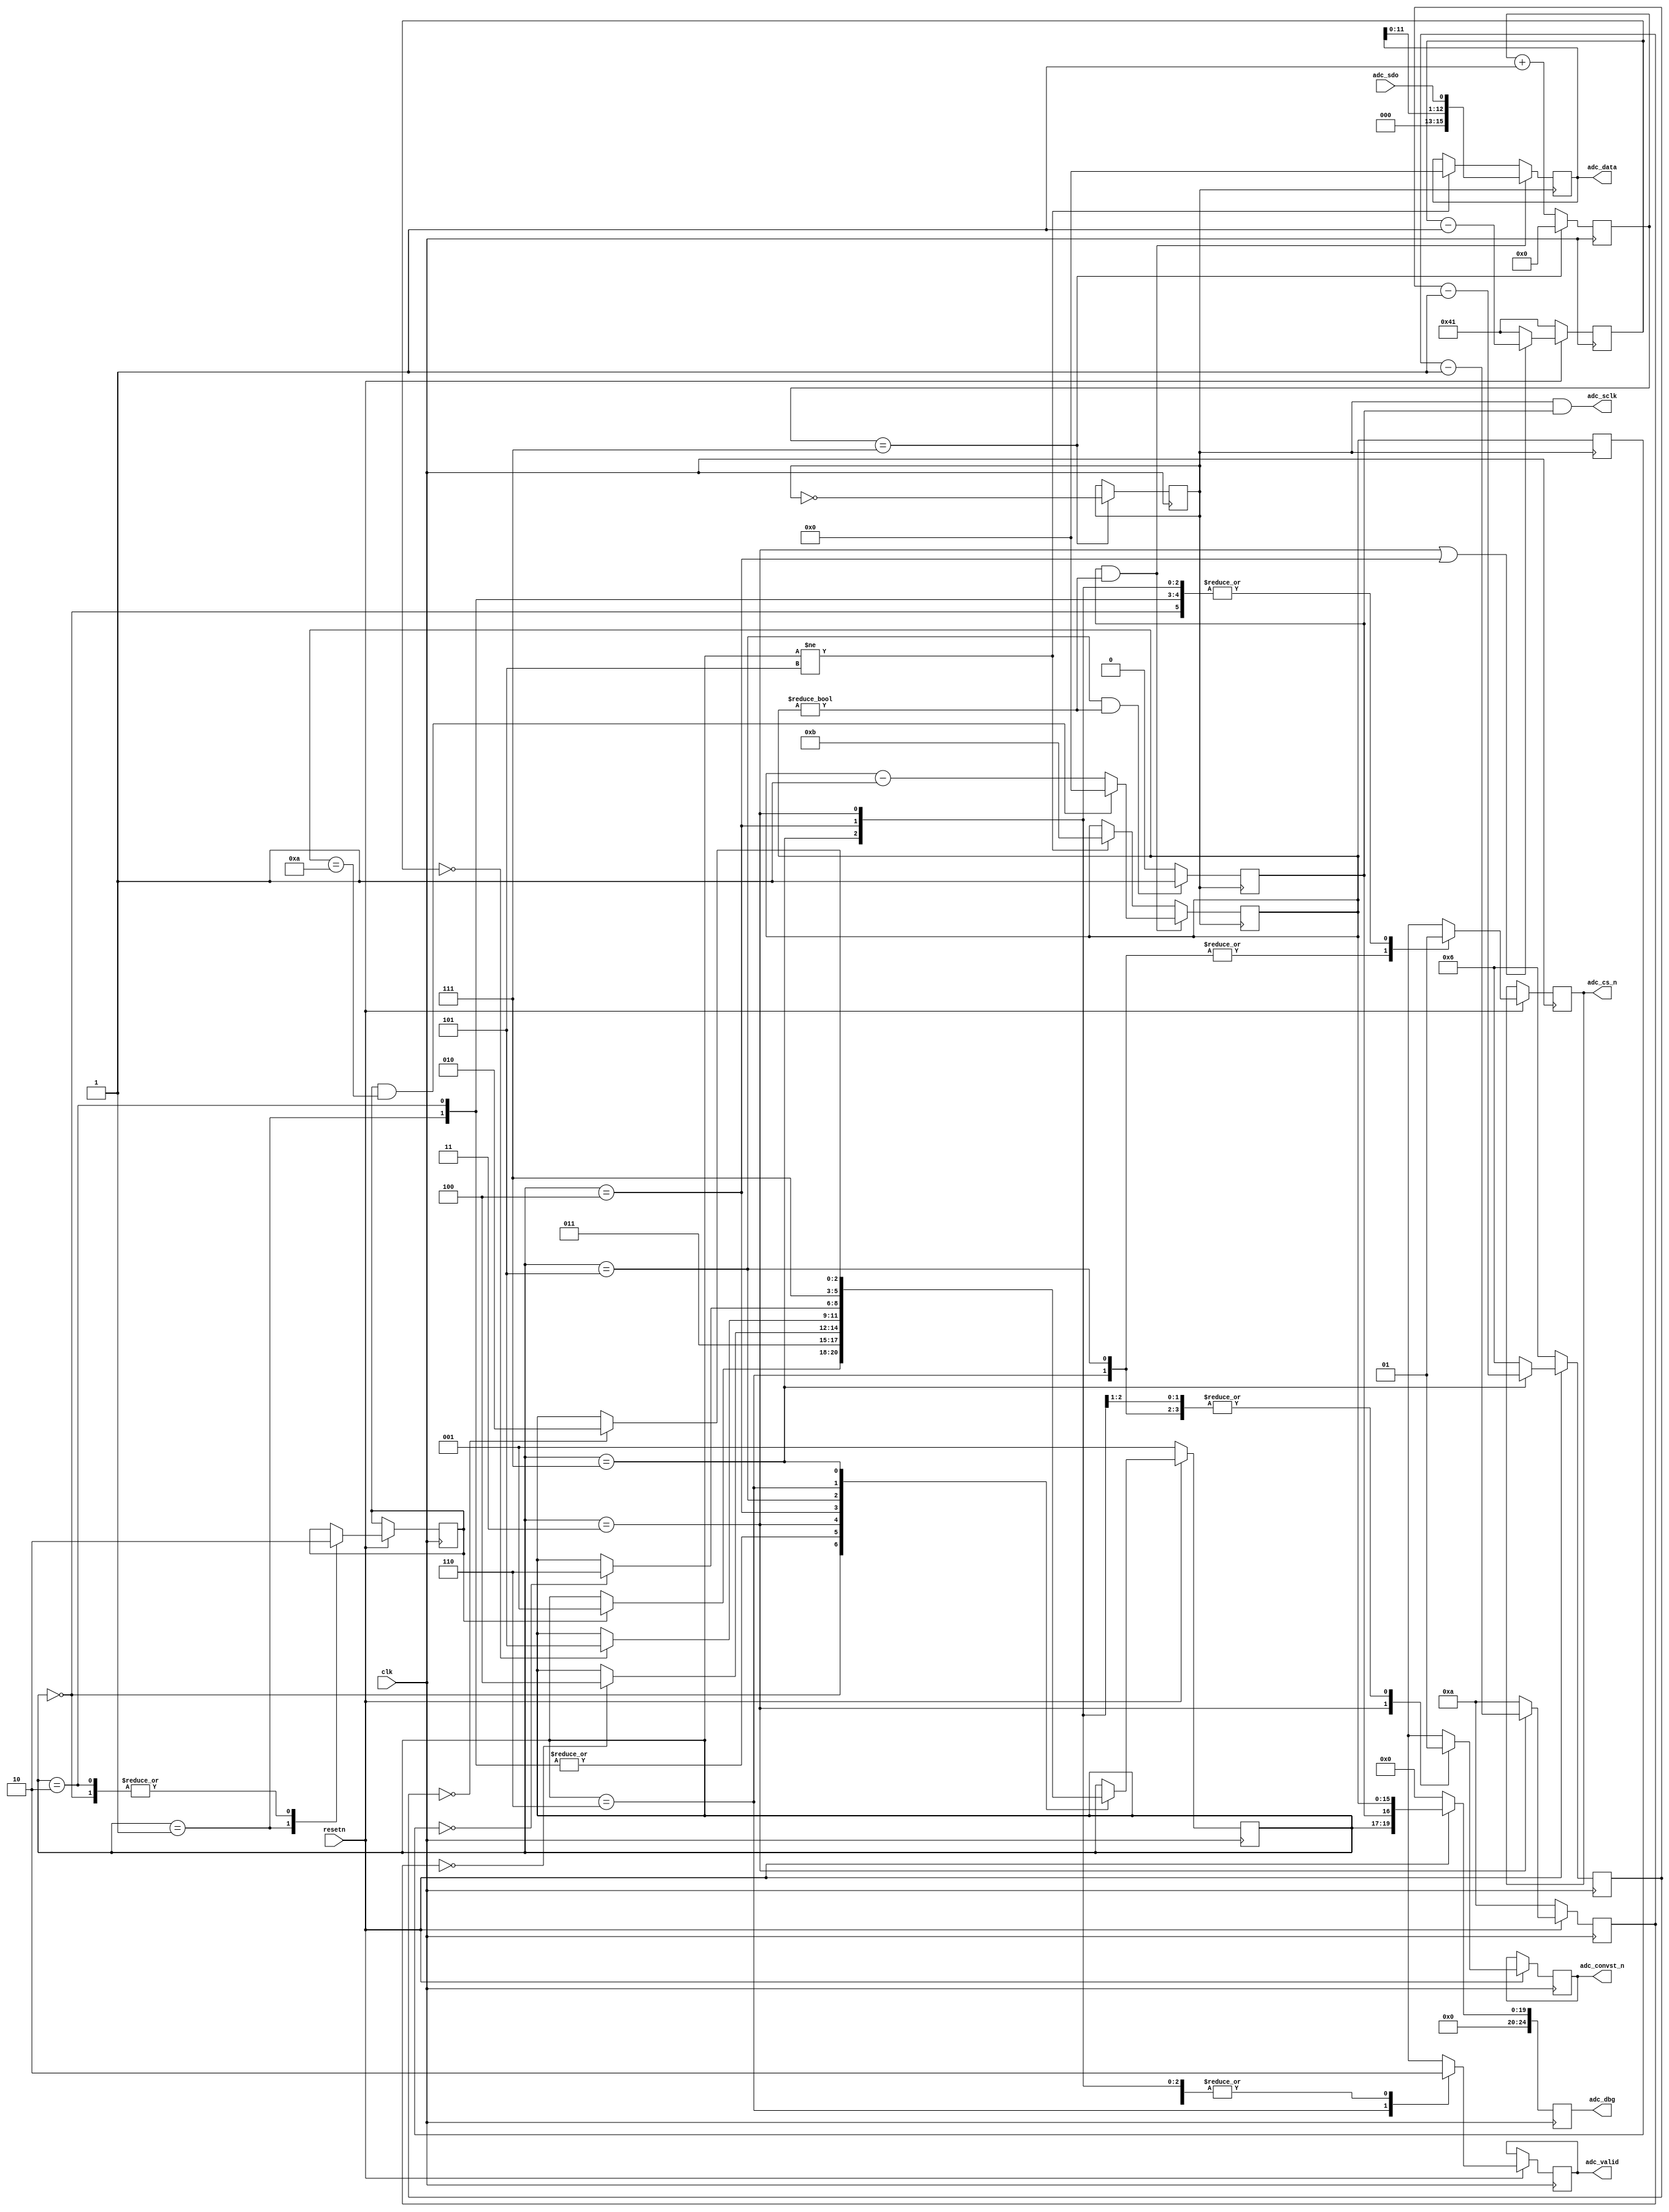
// ***************************************************************************
// ***************************************************************************
// Copyright 2014 - 2017 (c) Analog Devices, Inc. All rights reserved.
//
// In this HDL repository, there are many different and unique modules, consisting
// of various HDL (Verilog or VHDL) components. The individual modules are
// developed independently, and may be accompanied by separate and unique license
// terms.
//
// The user should read each of these license terms, and understand the
// freedoms and responsabilities that he or she has by using this source/core.
//
// This core is distributed in the hope that it will be useful, but WITHOUT ANY
// WARRANTY; without even the implied warranty of MERCHANTABILITY or FITNESS FOR
// A PARTICULAR PURPOSE.
//
// Redistribution and use of source or resulting binaries, with or without modification
// of this file, are permitted under one of the following two license terms:
//
//   1. The GNU General Public License version 2 as published by the
//      Free Software Foundation, which can be found in the top level directory
//      of this repository (LICENSE_GPL2), and also online at:
//      <https://www.gnu.org/licenses/old-licenses/gpl-2.0.html>
//
// OR
//
//   2. An ADI specific BSD license, which can be found in the top level directory
//      of this repository (LICENSE_ADIBSD), and also on-line at:
//      https://github.com/analogdevicesinc/hdl/blob/master/LICENSE_ADIBSD
//      This will allow to generate bit files and not release the source code,
//      as long as it attaches to an ADI device.
//
// ***************************************************************************
// ***************************************************************************

// This core supports the following CFTL pmods:
//        - EVAL-CN0350-PMDZ
//        - EVAL-CN0335-PMDZ
//        - EVAL-CN0336-PMDZ
//        - EVAL-CN0337-PMDZ
//
// It controls a simple three wire SPI interface with an additional control
// line for conversion start, and a counter which trigger the SPI read after
// the end of ADC conversion.
// NOTE:  - The maximum frequency of serial read clock (adc_spi_clk) is 50Mhz.
//        - The maximum conversion rate is 1MSPS (AD7091r)
//        - The frequency of the serial read clock need to be adjusted to the desired
//          conversion rate, exp. for AD7091r :
//
//            ADC Rate >= ADC Conversion Time + SPI Word Length * ADC Serial Clock Period + Tquiet
//        where ADC Conversion Time >= 650ns
//              SPI Word Length = 12
//              Tquiet >= 58ns

`timescale 1ns/1ns

module util_pmod_adc #(

  parameter         FPGA_CLOCK_MHZ      = 100,
  parameter         ADC_CONVST_NS       = 100,
  parameter         ADC_CONVERT_NS      = 650,
  parameter         ADC_TQUIET_NS       = 60,
  parameter         SPI_WORD_LENGTH     = 12,
  parameter         ADC_RESET_LENGTH    = 3,
  parameter         ADC_CLK_DIVIDE      = 16) (

  // clock and reset signals

  input                   clk,
  input                   resetn,

  // dma interface
  output  reg [15:0]      adc_data,
  output  reg             adc_valid,
  output  reg [24:0]      adc_dbg,

  // adc interface (clk, data, cs and conversion start)

  input                   adc_sdo,
  output                  adc_sclk,
  output  reg             adc_cs_n,
  output  reg             adc_convst_n);


  localparam        ADC_POWERUP         = 0;
  localparam        ADC_SW_RESET        = 1;
  localparam        ADC_IDLE            = 2;
  localparam        ADC_START_CNV       = 3;
  localparam        ADC_WAIT_CNV_DONE   = 4;
  localparam        ADC_READ_CNV_RESULT = 5;
  localparam        ADC_DATA_VALID      = 6;
  localparam        ADC_TQUIET          = 7;

  localparam  [15:0]  FPGA_CLOCK_PERIOD_NS  = 1000 / FPGA_CLOCK_MHZ;
  localparam  [15:0]  ADC_CONVST_CNT        = ADC_CONVST_NS / FPGA_CLOCK_PERIOD_NS;
  localparam  [15:0]  ADC_CONVERT_CNT       = ADC_CONVERT_NS / FPGA_CLOCK_PERIOD_NS;
  localparam  [15:0]  ADC_TQUITE_CNT        = ADC_TQUIET_NS / FPGA_CLOCK_PERIOD_NS;

  // Internal registers

  reg [ 2:0]      adc_state         = 3'b0;     // current state for the ADC control state machine
  reg [ 2:0]      adc_next_state    = 3'b0;     // next state for the ADC control state machine

  reg [15:0]      adc_tconvst_cnt   = 16'b0;
  reg [15:0]      adc_tconvert_cnt  = 16'b0;
  reg [15:0]      adc_tquiet_cnt    = 16'b0;
  reg [15:0]      sclk_clk_cnt      = 16'b0;
  reg [15:0]      sclk_clk_cnt_m1   = 16'b0;
  reg [7:0]       adc_clk_cnt       = 8'h0;

  reg             adc_clk_en        = 1'b0;
  reg             adc_sw_reset      = 1'b0;
  reg             data_rd_ready     = 1'b0;
  reg             adc_spi_clk       = 1'b0;

  // Assign/Always Blocks

  assign adc_sclk   = adc_spi_clk & adc_clk_en;

  // spi clock generation
  always @(posedge clk) begin
    adc_clk_cnt <= adc_clk_cnt + 1;
    if (adc_clk_cnt == ((ADC_CLK_DIVIDE/2)-1)) begin
      adc_clk_cnt <= 0;
      adc_spi_clk <= ~adc_spi_clk;
    end
  end

  // update the ADC timing counters

  always @(posedge clk)
  begin
    if(resetn == 1'b0) begin
      adc_tconvst_cnt  <= ADC_CONVST_CNT;
      adc_tconvert_cnt <= ADC_CONVERT_CNT;
      adc_tquiet_cnt   <= ADC_TQUITE_CNT;
    end else begin
      if(adc_state == ADC_START_CNV) begin
        adc_tconvst_cnt <= adc_tconvst_cnt - 1;
      end else begin
        adc_tconvst_cnt <= ADC_CONVST_CNT;
      end
      if((adc_state == ADC_START_CNV) || (adc_state == ADC_WAIT_CNV_DONE)) begin
        adc_tconvert_cnt <= adc_tconvert_cnt - 1;
      end else begin
        adc_tconvert_cnt <= ADC_CONVERT_CNT;
      end
      if(adc_state == ADC_TQUIET) begin
        adc_tquiet_cnt <= adc_tquiet_cnt - 1;
      end else begin
        adc_tquiet_cnt <= ADC_TQUITE_CNT;
      end
    end
  end

  // determine when the ADC clock is valid

  always @(negedge adc_spi_clk) begin
    adc_clk_en <= ((adc_state == ADC_READ_CNV_RESULT) && (sclk_clk_cnt != 0)) ? 1'b1 : 1'b0;
  end

  // read data from the ADC

  always @(negedge adc_spi_clk) begin
      sclk_clk_cnt_m1 <= sclk_clk_cnt;
      if((adc_clk_en == 1'b1) && (sclk_clk_cnt != 0)) begin
          adc_data   <= {3'b0, adc_data[11:0], adc_sdo};
          if ((adc_sw_reset == 1'b1) && (sclk_clk_cnt == SPI_WORD_LENGTH - ADC_RESET_LENGTH + 1)) begin
            sclk_clk_cnt <= 16'b0;
          end else begin
            sclk_clk_cnt <= sclk_clk_cnt - 1;
          end
      end
      else if(adc_state != ADC_READ_CNV_RESULT) begin
          adc_data   <= 16'h0;
          sclk_clk_cnt <= SPI_WORD_LENGTH - 1;
      end
  end

  // update the ADC current state and the control signals

  always @(posedge clk) begin
    if(resetn == 1'b0) begin
      adc_state <= ADC_SW_RESET;
      adc_dbg <= 1'b0;
    end
    else begin
      adc_state <= adc_next_state;
      adc_dbg <= {adc_state, adc_clk_en, sclk_clk_cnt};
      case (adc_state)
        ADC_POWERUP: begin
          adc_convst_n    <= 1'b1;
          adc_cs_n        <= 1'b1;
          adc_valid       <= 1'b0;
          adc_sw_reset    <= 1'b0;
        end
        ADC_SW_RESET: begin
          adc_convst_n    <= 1'b1;
          adc_cs_n        <= 1'b1;
          adc_valid       <= 1'b0;
          adc_sw_reset    <= 1'b1;
        end
        ADC_IDLE: begin
          adc_convst_n    <= 1'b1;
          adc_cs_n        <= 1'b1;
          adc_valid       <= 1'b0;
          adc_sw_reset    <= 1'b0;
        end
        ADC_START_CNV: begin
          adc_convst_n    <= 1'b0;
          adc_cs_n        <= 1'b1;
          adc_valid       <= 1'b0;
        end
        ADC_WAIT_CNV_DONE: begin
          adc_convst_n    <= 1'b1;
          adc_cs_n        <= 1'b1;
          adc_valid       <= 1'b0;
        end
        ADC_READ_CNV_RESULT: begin
          adc_convst_n    <= 1'b1;
          adc_cs_n        <= 1'b0;
          adc_valid       <= 1'b0;
        end
        ADC_DATA_VALID: begin
          adc_convst_n    <= 1'b1;
          adc_cs_n        <= 1'b0;
          adc_valid       <= 1'b1;
        end
        ADC_TQUIET: begin
          adc_convst_n    <= 1'b1;
          adc_cs_n        <= 1'b1;
          adc_valid       <= 1'b0;
        end
      endcase
    end
  end

  // update the ADC next state

  always @(adc_state, adc_tconvst_cnt, adc_tconvert_cnt, sclk_clk_cnt_m1, adc_tquiet_cnt, adc_sw_reset) begin
    adc_next_state <= adc_state;
    case (adc_state)
      ADC_POWERUP: begin
        if(adc_sw_reset == 1'b1) begin
          adc_next_state <= ADC_SW_RESET;
        end
      end
      ADC_SW_RESET: begin
        adc_next_state <= ADC_START_CNV;
      end
      ADC_IDLE: begin
          adc_next_state <= ADC_START_CNV;
      end
      ADC_START_CNV: begin
        if(adc_tconvst_cnt == 0) begin
          adc_next_state <= ADC_WAIT_CNV_DONE;
        end
      end
      ADC_WAIT_CNV_DONE: begin
        if(adc_tconvert_cnt == 0) begin
          adc_next_state <= ADC_READ_CNV_RESULT;
        end
      end
      ADC_READ_CNV_RESULT: begin
        if(sclk_clk_cnt_m1 == 0) begin
          adc_next_state <= ADC_DATA_VALID;
        end
      end
      ADC_DATA_VALID: begin
        adc_next_state <= ADC_TQUIET;
      end
      ADC_TQUIET: begin
        if(adc_tquiet_cnt == 0) begin
          adc_next_state <= ADC_IDLE;
        end
      end
      default: begin
        adc_next_state <= ADC_IDLE;
      end
    endcase
  end

endmodule